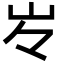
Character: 㞮